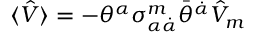
\langle \hat { V } \rangle = - \theta ^ { \alpha } \sigma _ { \alpha \dot { \alpha } } ^ { m } \bar { \theta } ^ { \dot { \alpha } } \hat { V } _ { m }